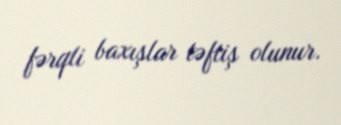
fərqli baxışlar təftiş olunur.